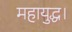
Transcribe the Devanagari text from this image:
महायुद्ध।